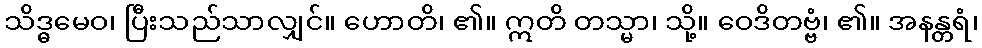
သိဒ္ဓမေဝ၊ ပြီးသည်သာလျှင်။ ဟောတိ၊ ၏။ ဣတိ တသ္မာ၊ သို့။ ဝေဒိတဗ္ဗံ၊ ၏။ အနန္တရံ၊